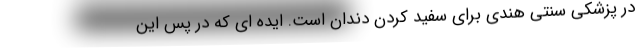
در پزشکی سنتی هندی برای سفید کردن دندان است. ایده ای که در پس این